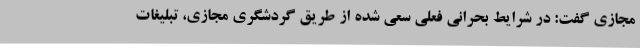
مجازی گفت: در شرایط بحرانی فعلی سعی شده از طریق گردشگری مجازی، تبلیغات